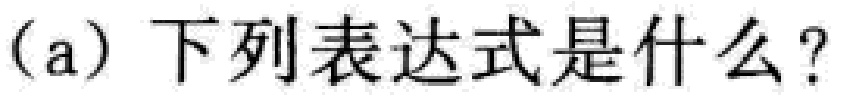
(a) 下列表达式是什么？